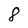
Character: 8